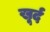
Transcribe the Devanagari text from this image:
खूर्द